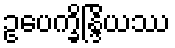
ဥပေက္ခိန္ဒြိယဿ